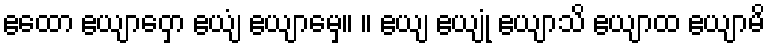
ဧထော ဧယျာဝှော ဧယျံ ဧယျာမှေ။ ။ ဧယျ ဧယျုံ ဧယျာသိ ဧယျာထ ဧယျာမိ